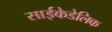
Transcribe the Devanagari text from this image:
साईकेडेलिक